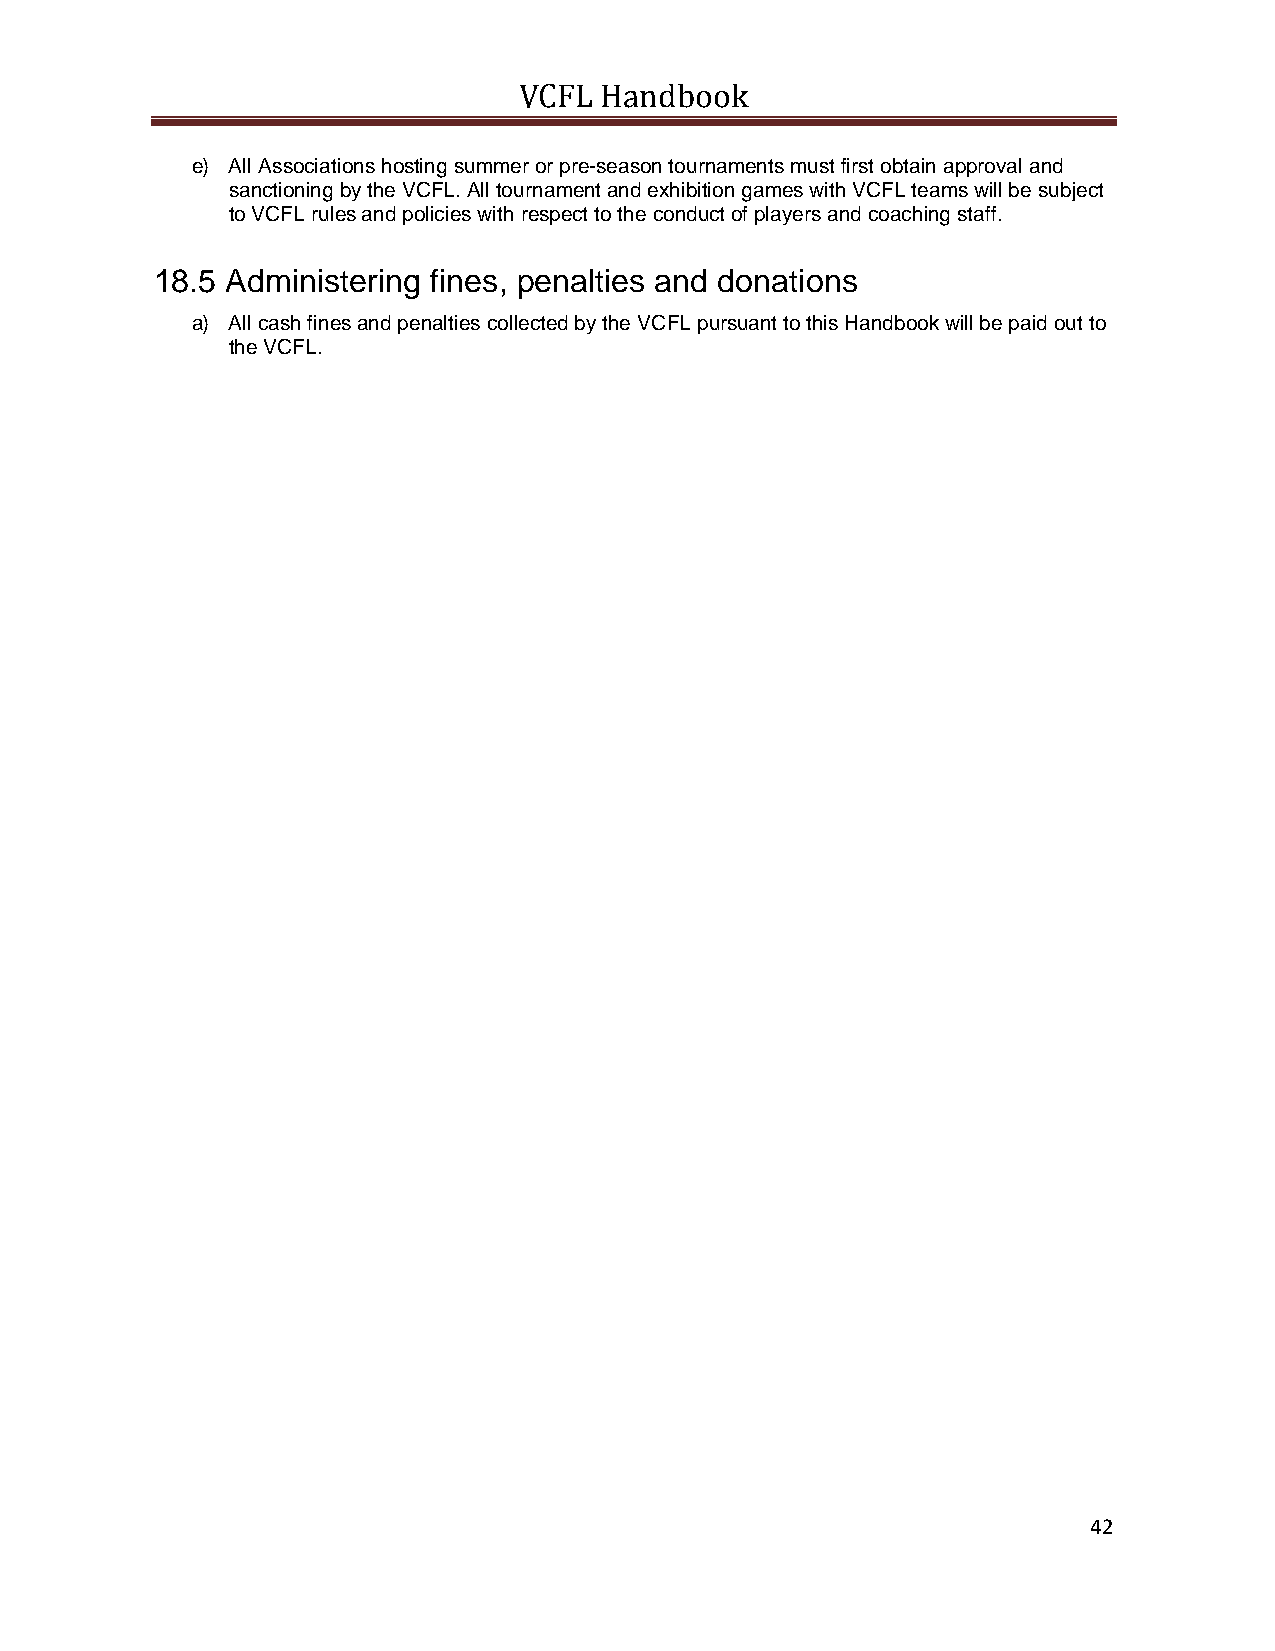
VCFL  Handbook
 e) All Associations hosting summer or pre-season tournaments must first obtain approval and
 sanctioning by the VCFL. All tournament and exhibition games with VCFL teams will be subject
 to VCFL rules and policies with respect to the conduct of players and coaching staff.
 18.5 Administering fines, penalties and donations
 a) All cash fines and penalties collected by the VCFL pursuant to this Handbook will be paid out to
 the VCFL.
 42